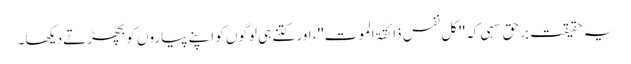
یہ حقیقت برحق سہی کہ ''کل نفس ذائقۃ الموت''، اور کتنے ہی لوگوں کو اپنے پیاروں کو بچھڑتے دیکھا۔